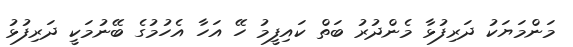
މަންމަޔަކު ދަރިފުޅާ މެންދުރު ބަތް ކައިފީމު ހޭ އަހާ އެހުމުގެ ބޭނުމަކީ ދަރިފުޅު